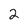
Character: 2